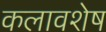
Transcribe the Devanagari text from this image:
कलावशेष